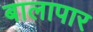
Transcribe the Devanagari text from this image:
बालापार